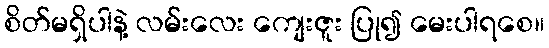
စိတ်မရှိပါနဲ့ လမ်းလေး ကျေးဇူး ပြု၍ မေးပါရစေ။